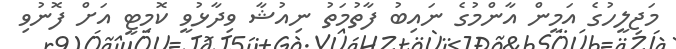
މަޖިލީހުގެ އަމީން އާންމުގެ ނައިބު ފާތުމަތު ނިއުޝާ ވިދާޅުވީ ކޮމިޓީ އަށް ފޮނުވި